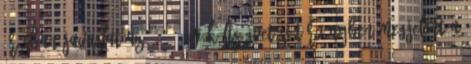
írásban Javaslat az 1999. évi költségvetési törvényben megjelent a